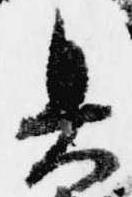
具